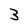
Character: 3